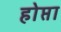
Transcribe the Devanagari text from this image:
होप्ता